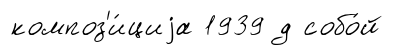
композ'и́циjа 1939 д собо́й